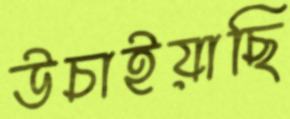
উচাইয়াছি